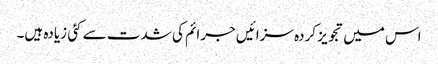
اس میں تجویز کردہ سزائیں جرائم کی شدت سے کئی زیادہ ہیں۔